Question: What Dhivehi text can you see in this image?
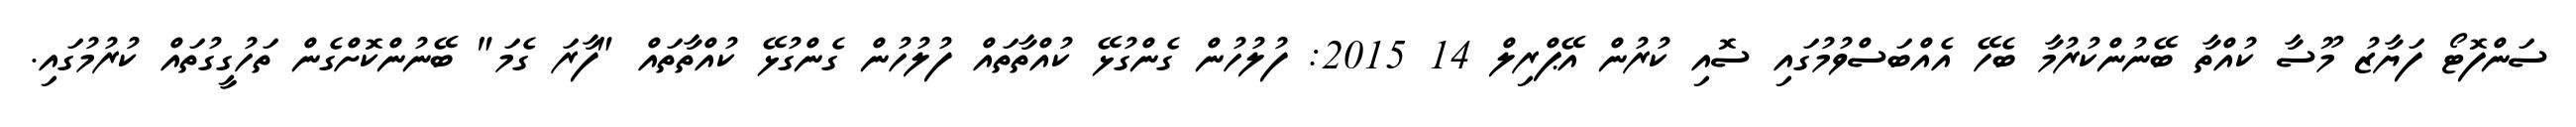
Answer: ސަންފޮޓޯ ފަޔާޒު މޫސާ ކުއްތާ ބޭނުންކުރުމާ ބެހޭ އެއްބަސްވުމުގައި ސޮއި ކުރުން އޭޕްރިލް 14 2015: ފުލުހުން ގެންގުޅޭ ކުއްތާތައް ފުލުހުން ގެންގުޅޭ ކުއްތާތައް "ފާރަ ގެމަ" ބޭނުންކޮށްގެން ތަހުގީގުތައް ކުރުމުގައި.